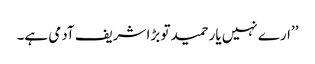
’’ارے نہیں یار حمید تو بڑا شریف آدمی ہے۔